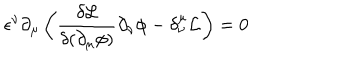
\epsilon ^ { \nu } \partial _ { \mu } \left( \frac { \delta \mathcal { L } } { \delta ( \partial _ { \mu } \phi ) } \partial _ { \nu } \phi - \delta _ { \nu } ^ { \mu } \mathcal { L } \right) = 0